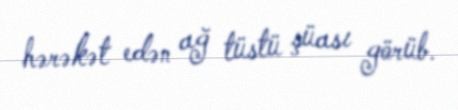
hərəkət edən ağ tüstü şüası görüb.